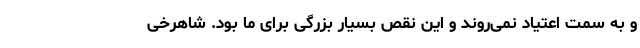
و به سمت اعتیاد نمی‌روند و این نقص بسیار بزرگی برای ما بود. شاهرخی